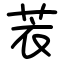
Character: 䒾